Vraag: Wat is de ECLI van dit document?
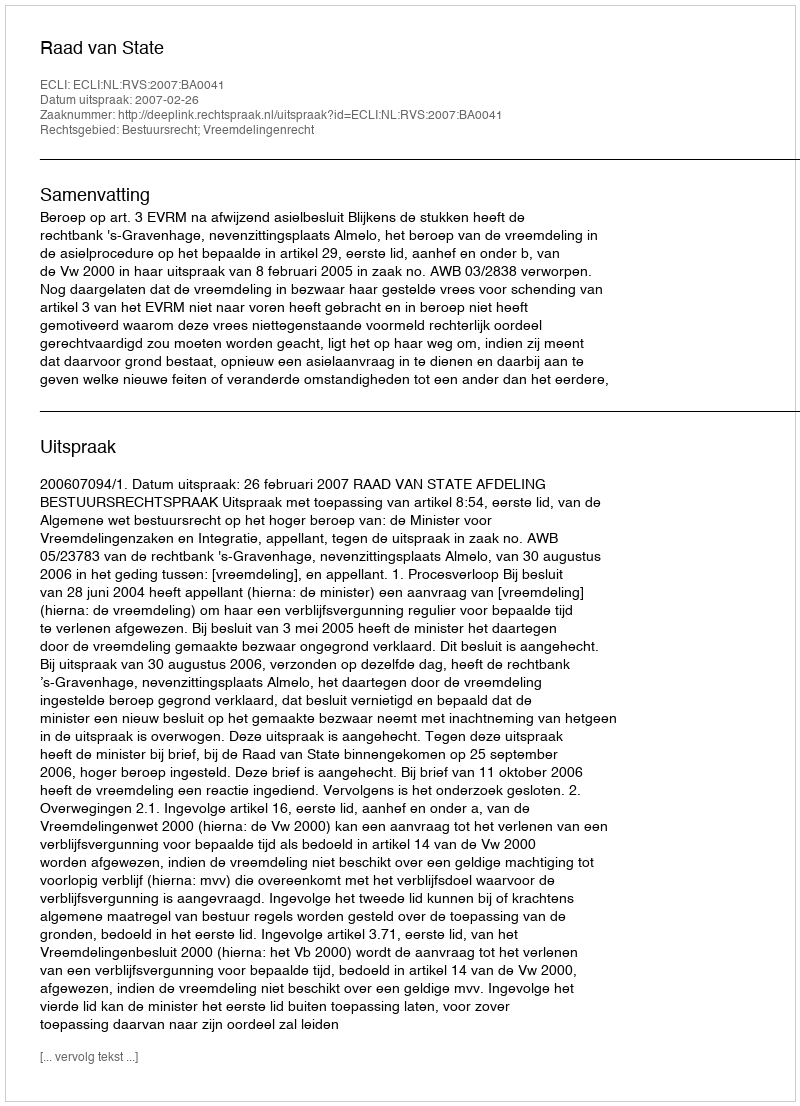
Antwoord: ECLI:NL:RVS:2007:BA0041